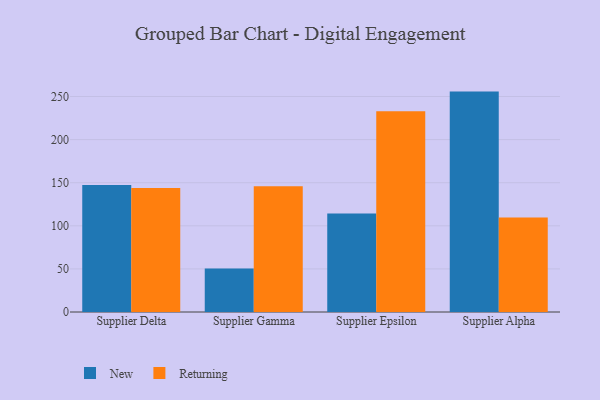
{"axis": {"x": "Supplier", "y": "Gross Profit (USD K)"}, "legend": ["New", "Returning"], "data": [{"x": "Supplier Delta", "y": 147.3, "type": "New"}, {"x": "Supplier Delta", "y": 143.9, "type": "Returning"}, {"x": "Supplier Gamma", "y": 50.6, "type": "New"}, {"x": "Supplier Gamma", "y": 146.0, "type": "Returning"}, {"x": "Supplier Epsilon", "y": 114.4, "type": "New"}, {"x": "Supplier Epsilon", "y": 232.9, "type": "Returning"}, {"x": "Supplier Alpha", "y": 255.7, "type": "New"}, {"x": "Supplier Alpha", "y": 109.5, "type": "Returning"}]}